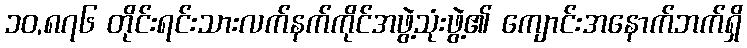
၁၀,၈၇၆ တိုင်းရင်းသားလက်နက်ကိုင်အဖွဲ့သုံးဖွဲ့၏ ကျောင်းအနောက်ဘက်ရှိ